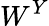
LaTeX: W^{Y}